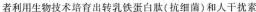
者利用生物技术培育出转乳铁蛋白肽(抗细菌)和人干扰素